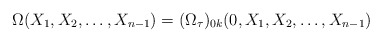
\begin{align*}\Omega(X_1,X_2,\ldots,X_{n-1})=(\Omega_{\tau})_{0k}(0,X_1,X_2,\ldots,X_{n-1})\end{align*}